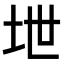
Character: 𪣅